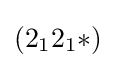
(2_{1}2_{1}{*})